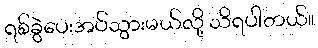
ရစ်ခွဲပေးအပ်သွားမယ်လို့ သိရပါတယ်။